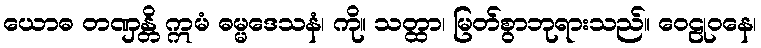
ယောဓ တဏှန္တိ ဣမံ ဓမ္မဒေသနံ၊ ကို။ သတ္ထာ၊ မြတ်စွာဘုရားသည်။ ဝေဠုဝနေ၊